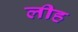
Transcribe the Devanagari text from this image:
लीह